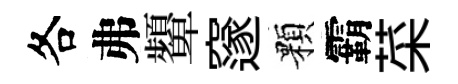
各弗顰邃顆霸菜